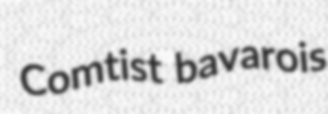
Comtist bavarois